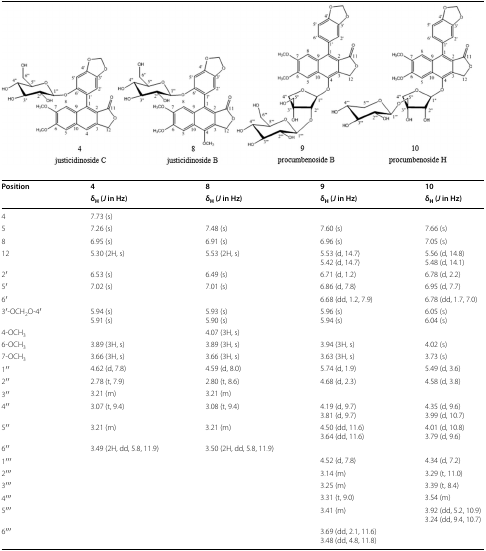
<table><thead><tr><td rowspan="2"><b>Position</b></td><td><b>4</b></td><td><b>8</b></td><td><b>9</b></td><td><b>10</b></td></tr><tr><td><b>δ<sub>H</sub> (<i>J</i> in Hz)</b></td><td><b>δ<sub>H</sub> (<i>J</i> in Hz)</b></td><td><b>δ<sub>H</sub> (<i>J</i> in Hz)</b></td><td><b>δ<sub>H</sub> (<i>J</i> in Hz)</b></td></tr></thead><tbody><tr><td>4</td><td>7.73 (s)</td><td></td><td></td><td></td></tr><tr><td>5</td><td>7.26 (s)</td><td>7.48 (s)</td><td>7.60 (s)</td><td>7.66 (s)</td></tr><tr><td>8</td><td>6.95 (s)</td><td>6.91 (s)</td><td>6.96 (s)</td><td>7.05 (s)</td></tr><tr><td>12</td><td>5.30 (2H, s)</td><td>5.53 (2H, s)</td><td>5.53 (d, 14.7)5.42 (d, 14.7)</td><td>5.56 (d, 14.8)5.48 (d, 14.1)</td></tr><tr><td>2′</td><td>6.53 (s)</td><td>6.49 (s)</td><td>6.71 (d, 1.2)</td><td>6.78 (d, 2.2)</td></tr><tr><td>5′</td><td>7.02 (s)</td><td>7.01 (s)</td><td>6.86 (d, 7.8)</td><td>6.95 (d, 7.7)</td></tr><tr><td>6′</td><td></td><td></td><td>6.68 (dd, 1.2, 7.9)</td><td>6.78 (dd, 1.7, 7.0)</td></tr><tr><td>3′-OCH<sub>2</sub>O-4′</td><td>5.94 (s)5.91 (s)</td><td>5.93 (s)5.90 (s)</td><td>5.96 (s)5.94 (s)</td><td>6.05 (s)6.04 (s)</td></tr><tr><td>4-OCH<sub>3</sub></td><td></td><td>4.07 (3H, s)</td><td></td><td></td></tr><tr><td>6-OCH<sub>3</sub></td><td>3.89 (3H, s)</td><td>3.89 (3H, s)</td><td>3.94 (3H, s)</td><td>4.02 (s)</td></tr><tr><td>7-OCH<sub>3</sub></td><td>3.66 (3H, s)</td><td>3.66 (3H, s)</td><td>3.63 (3H, s)</td><td>3.73 (s)</td></tr><tr><td>1′′</td><td>4.62 (d, 7.8)</td><td>4.59 (d, 8.0)</td><td>5.74 (d, 1.9)</td><td>5.49 (d, 3.6)</td></tr><tr><td>2′′</td><td>2.78 (t, 7.9)</td><td>2.80 (t, 8.6)</td><td>4.68 (d, 2.3)</td><td>4.58 (d, 3.8)</td></tr><tr><td>3′′</td><td>3.21 (m)</td><td>3.21 (m)</td><td></td><td></td></tr><tr><td>4′′</td><td>3.07 (t, 9.4)</td><td>3.08 (t, 9.4)</td><td>4.19 (d, 9.7)3.81 (d, 9.7)</td><td>4.35 (d, 9.6)3.99 (d, 10.7)</td></tr><tr><td>5′′</td><td>3.21 (m)</td><td>3.21 (m)</td><td>4.50 (dd, 11.6)3.64 (dd, 11.6)</td><td>4.01 (d, 10.8)3.79 (d, 9.6)</td></tr><tr><td>6′′</td><td>3.49 (2H, dd, 5.8, 11.9)</td><td>3.50 (2H, dd, 5.8, 11.9)</td><td></td><td></td></tr><tr><td>1′′′</td><td></td><td></td><td>4.52 (d, 7.8)</td><td>4.34 (d, 7.2)</td></tr><tr><td>2′′′</td><td></td><td></td><td>3.14 (m)</td><td>3.29 (t, 11.0)</td></tr><tr><td>3′′′</td><td></td><td></td><td>3.25 (m)</td><td>3.39 (t, 8.4)</td></tr><tr><td>4′′′</td><td></td><td></td><td>3.31 (t, 9.0)</td><td>3.54 (m)</td></tr><tr><td>5′′′</td><td></td><td></td><td>3.41 (m)</td><td>3.92 (dd, 5.2, 10.9)3.24 (dd, 9.4, 10.7)</td></tr><tr><td>6′′′</td><td></td><td></td><td>3.69 (dd, 2.1, 11.6)3.48 (dd, 4.8, 11.8)</td><td></td></tr></tbody></table>